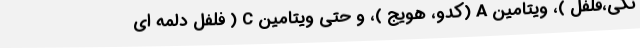
نگی،فلفل )، ویتامین A (کدو، هویج )، و حتی ویتامین C ( فلفل دلمه ای